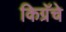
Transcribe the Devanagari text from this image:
किग्रॅचे